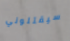
سيقتلوني